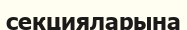
секцияларына